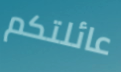
عائلتكم